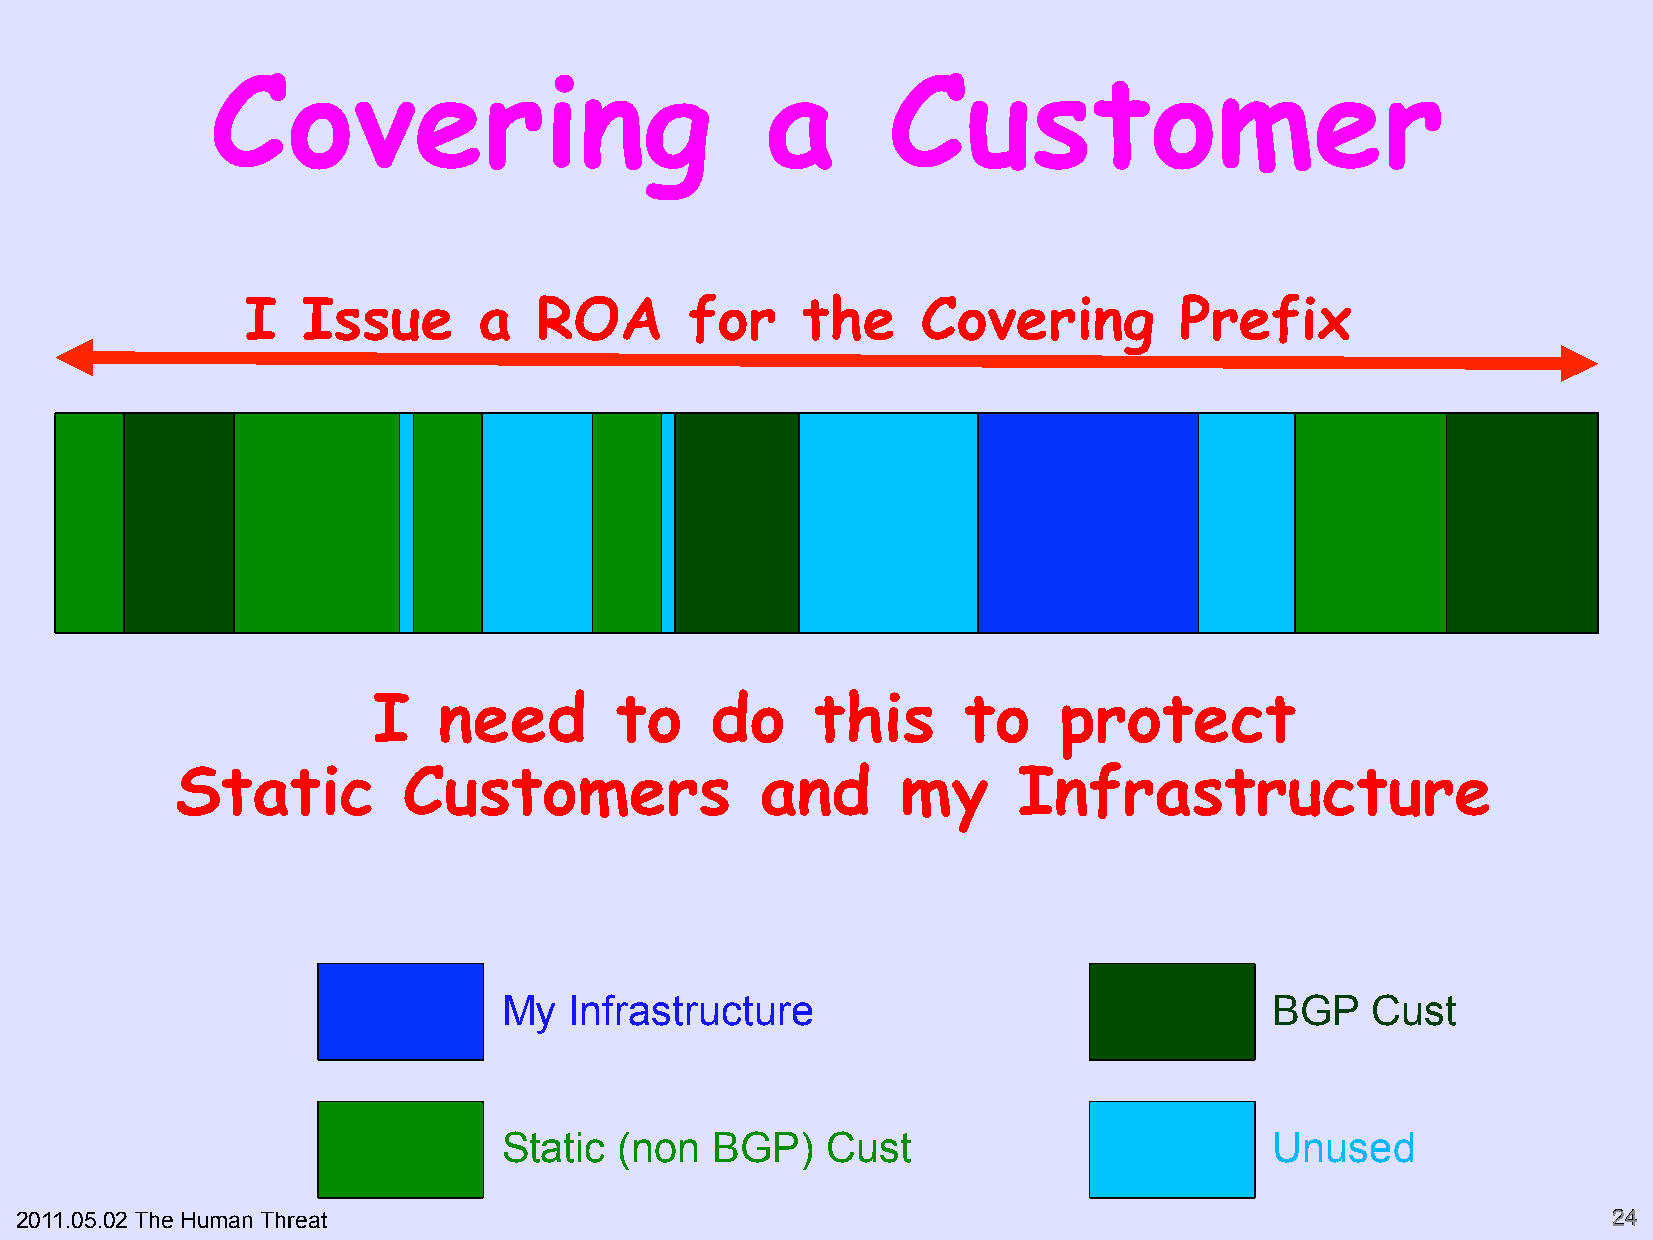
Covering                             a       Customer
 I   Issue       a  ROA        for    the     Covering         Prefix
 I   need        to    do     this      to    protect
 Static         Customers              and       my     Infrastructure
 My   Infrastructure                                BGP    Cust
 Static  (non  BGP)    Cust                         Unused
 2011.05.02 The Human Threat                                                                               2244"